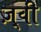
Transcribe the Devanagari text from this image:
ज़्वी